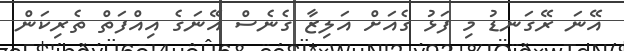
އޭނަ ރޭގަނޑު މި ފަޅު ގެއަށް އަލިޒާ ގެނެސް އޭނަގެ އިއްފަތް ތެރިކަން